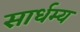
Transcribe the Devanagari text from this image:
सार्धम्य